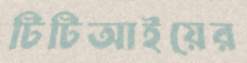
টিটিআইয়ের